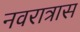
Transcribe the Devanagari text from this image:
नवरात्रास